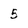
Character: 5